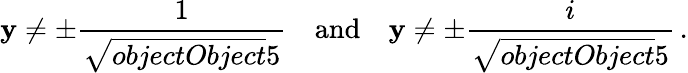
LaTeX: \mathbf{y}\neq\pm{\frac{{1}}{{\sqrt{{{objectObject}}}{{5}}}}}\quad{\mathrm{{and}}}\quad\mathbf{y}\neq\pm{\frac{{i}}{{\sqrt{{{objectObject}}}{{5}}}}}\, .